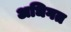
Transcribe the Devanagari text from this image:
अधिगत